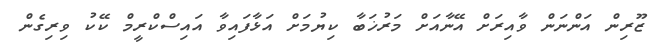
ޒޫރިން އަންނަން ވާއިރަށް އޭނާއަށް މަރުޚަބާ ކިޔުމަށް އަޅާފައިވާ އައިސްކްރީމް ކޭކު ވިރިގެން